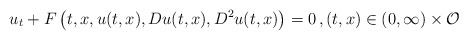
\begin{align*}u_t + F\left(t,x,u(t,x),Du(t,x),D^2 u(t,x)\right) = 0\,,(t,x)\in (0,\infty)\times \mathcal{O}\end{align*}